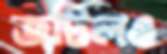
জটিলও